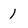
Character: 1